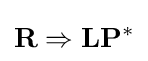
\mathbf {R} \Rightarrow \mathbf {L} \mathbf {P} ^{*}